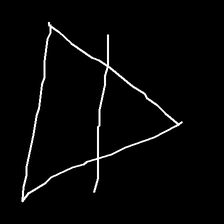
Glyph: empower